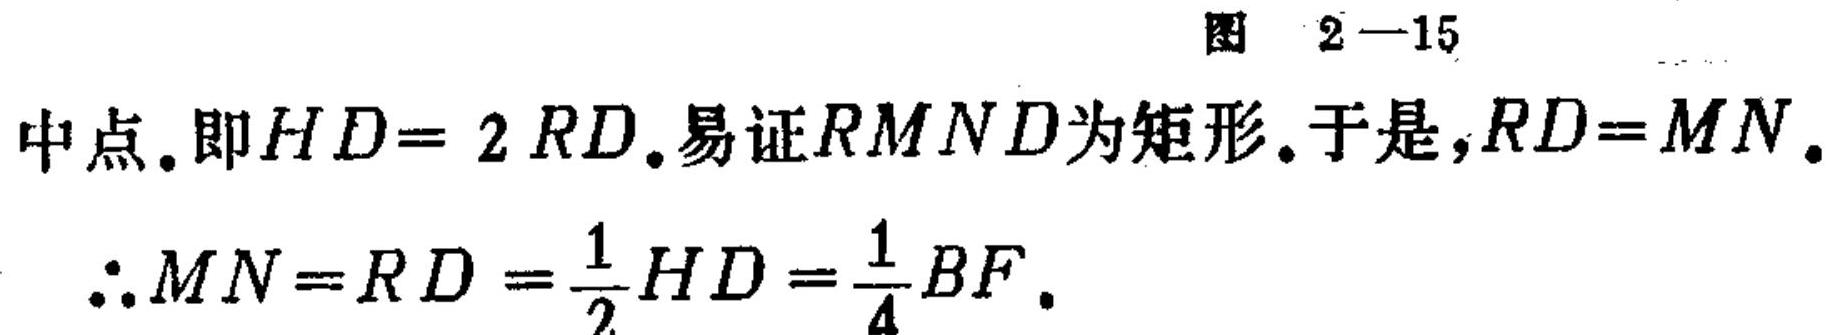
图 2—15
中点.即$HD = 2RD$.易证$RMND$为矩形.于是,$RD = MN$.
$\therefore MN=RD=\frac{1}{2}HD=\frac{1}{4}BF$.